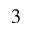
^ 3